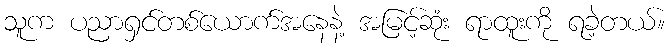
သူက ပညာရှင်တစ်ယောက်အနေနဲ့ အမြင့်ဆုံး ရာထူးကို ရခဲ့တယ်။